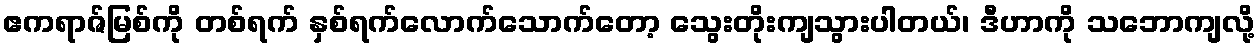
ဧကရာဇ်မြစ်ကို တစ်ရက် နှစ်ရက်လောက်သောက်တော့ သွေးတိုးကျသွားပါတယ်၊ ဒီဟာကို သဘောကျလို့